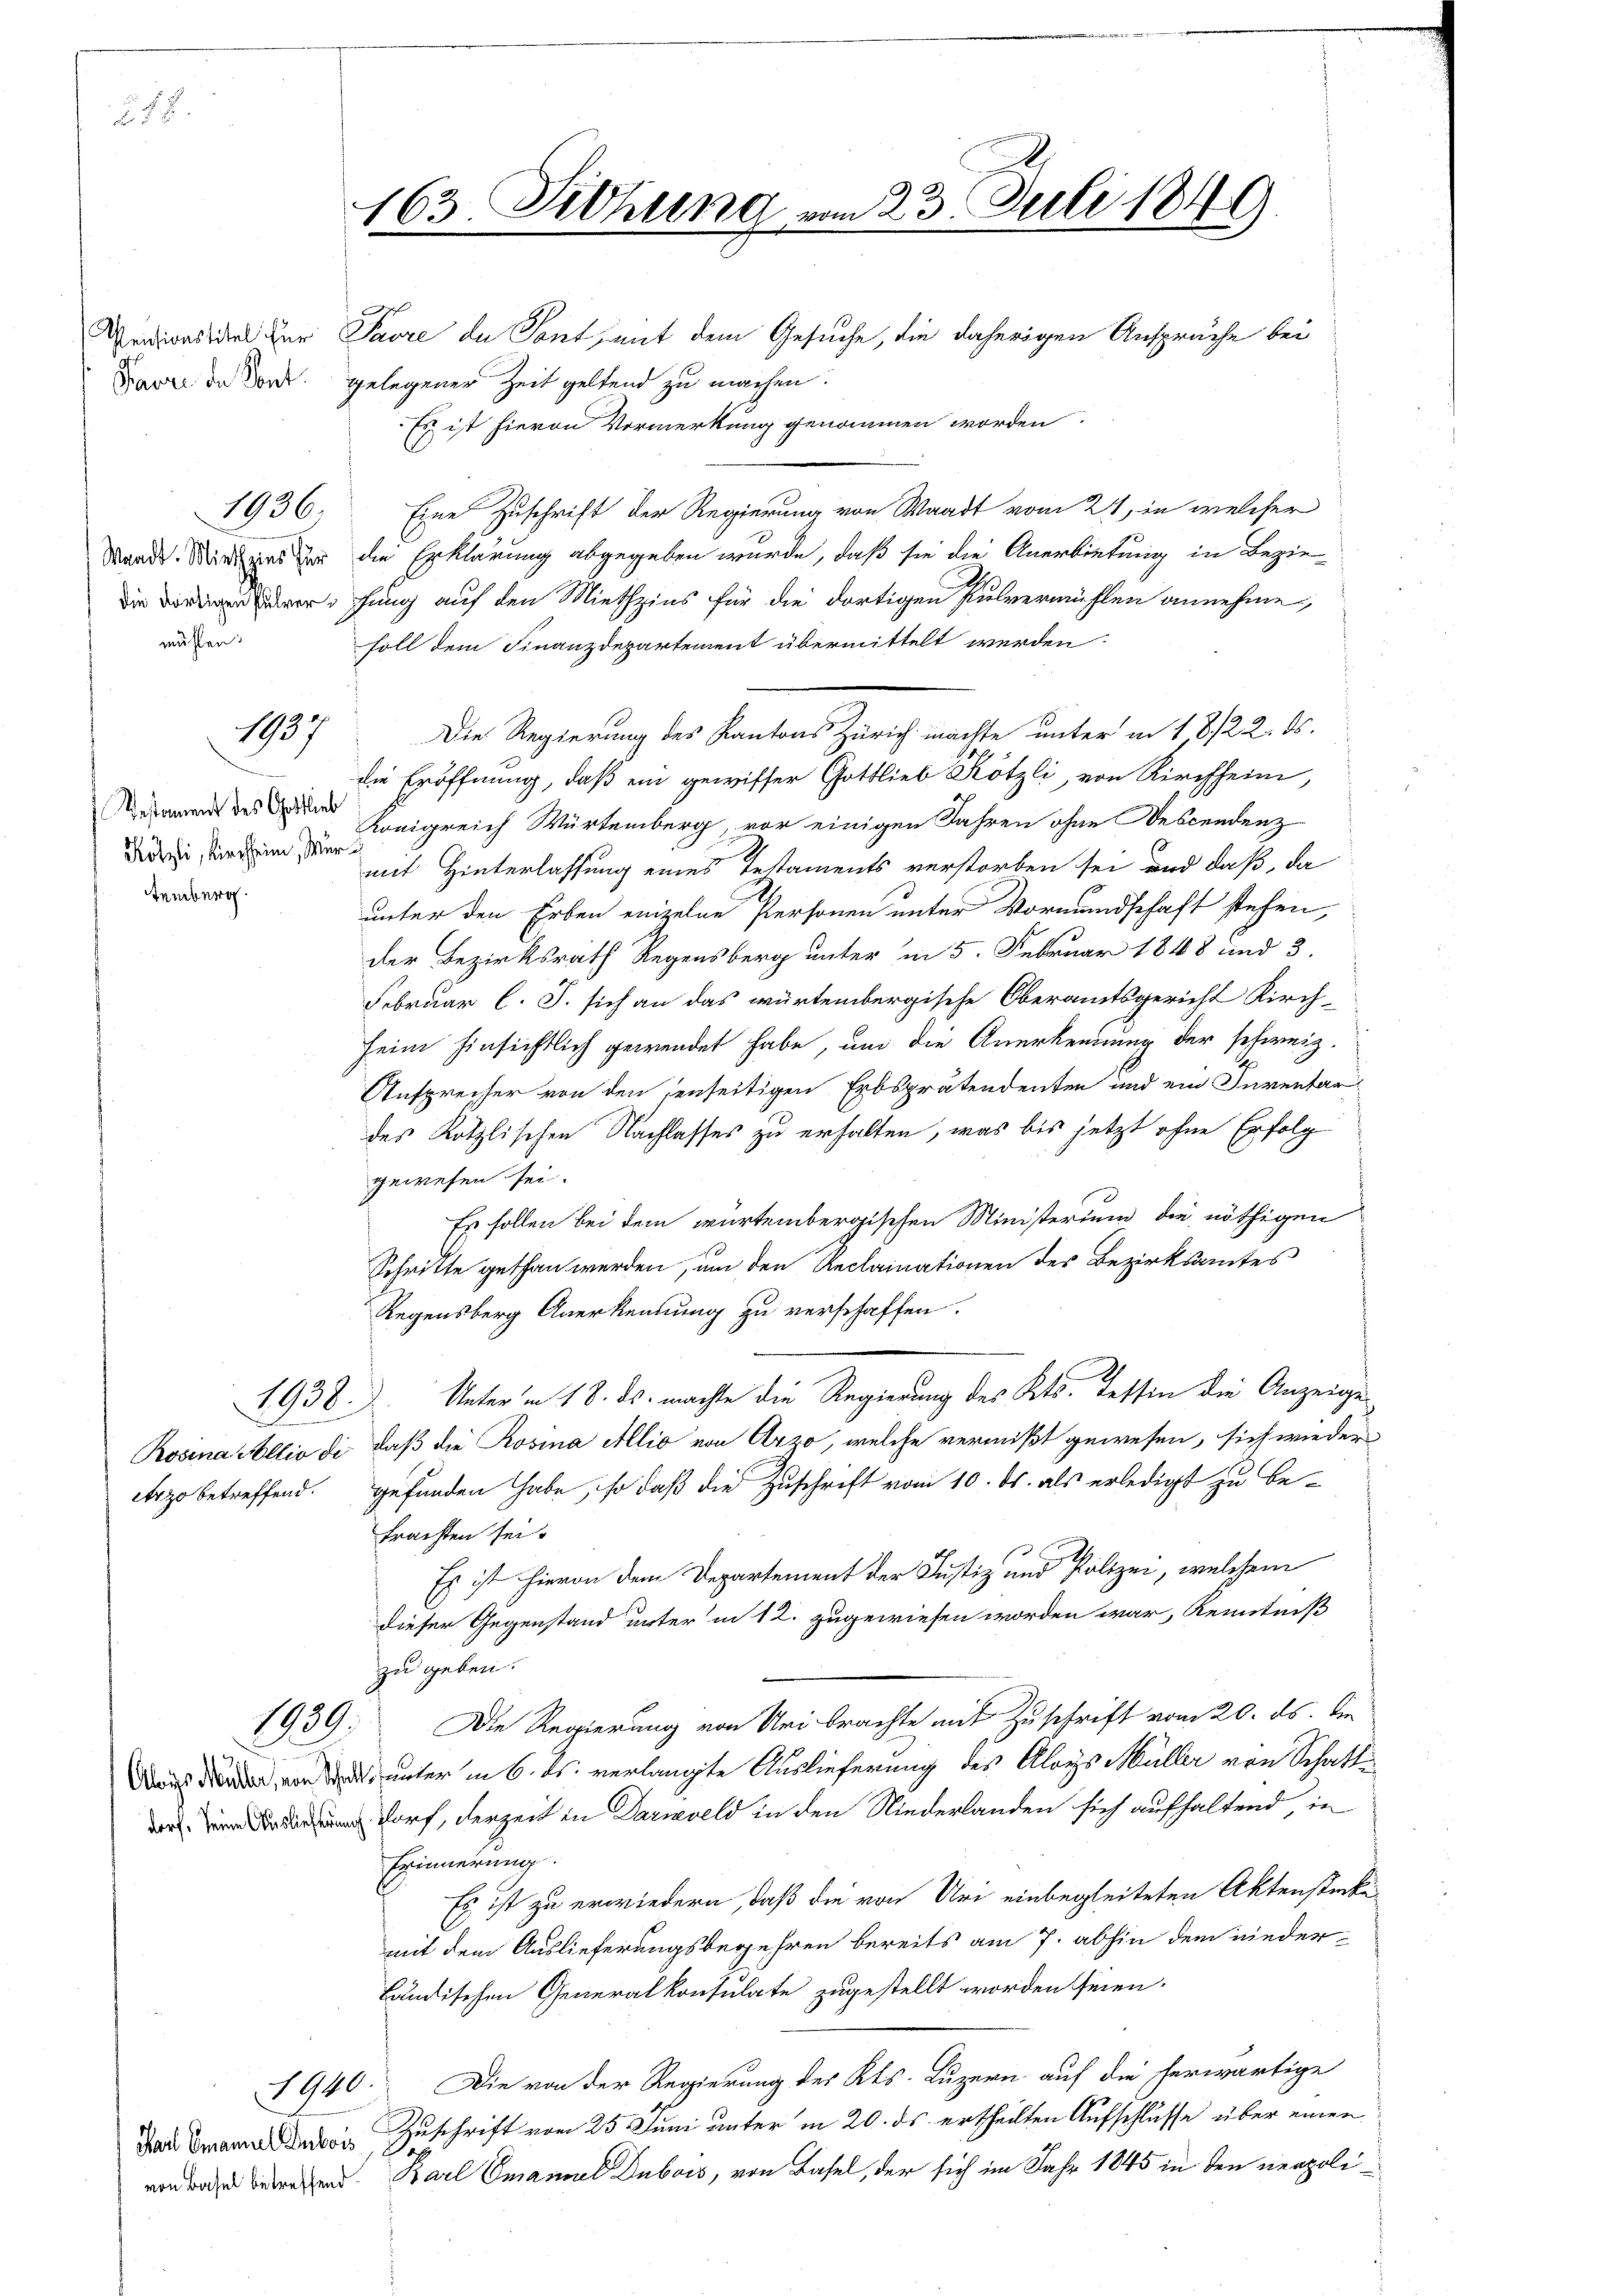
Pensionstitel für
Pavre der Kont

Waadt. Miethzins für
die dortigen Pulvermühlen.

Testament des Gottlieb
Nötzli, Kirchheim, Mi
temberg.

1938.
Arzo betreffend.

1936.

1937

163. Fiehung vom 23. Juli 1849

Pavre de Sont, mit dem Gesuche, die daherigen Anspräche bei
gelegener Zeit geltend zu machen.
Es ist hievon Vormerkung genommen worden
Eine Zuschrift der Regierung von Waadt vom 21, in welcher
die Erklärung abgegeben wurde, daß sie die Anerbietung in Bezie-
hung auf den Miethzins für die dortigen Pulvermühlen annehme
soll dem Finanzdepartement übermittelt werden
Die Regierung des Kantons Zürich machte unter in 18/22. ds.
die Eröffnung, daß ein gewisser Gottlieb Rötzli, von Kirchheim,
Königreich Würtemberg, vor einigen Jahren ohne Descendenz
r
mit Hinterlassung eines Testaments verstorben sei, und daß, da
unter den Erben einzelne Personen unter Vormundschaft stehen,
der Bezirksrath Regensberg unter in 5. Februar 1848 und 3.
Februar l. J. sich an das würtembergische Oberamtsgericht Kirch-
heim hinsichtlich gewendet habe, um die Anerkennung der schweiz.
Aufpreiser von den jenseitigen Erbsprätendenten und ein Parentar
des Kötzlischen Nachlasses zu erhalten, was bis jetzt ohne Erfolg
gewesen sei.
Es sollen bei dem würtembergischen Ministerium die nöthigen
Schritte gethan werden, um den Reclainationen der Bezirksamtes
Regensberg Anerkennung zu verschaffen.
Unterm 18. ds. machte die Regierung des Kts. Tessin die Anzeige¬
Rosina Allio di daß die Rosina Allio von Arzo, welche vermißt gewesen, sich wieder
gefunden habe, so daß die Zuschrift vom 10. ds. als erledigt zu be-
frachten sei.
Es ist hievon dem Departement der Justiz und Polizei, welchem
dieser Gegenstand unter in 12. zugewiesen worden war, Kenntniß
zu geben.
1939: Die Regierung von Uri brachte mit Zuschrift vom 20. ds. die
Daus der von der unter in 6. ds. verlangte Auslieferung des Aloys Müller von Schatte
dorf, derzeit in Darngeld in den Niederlanden sich aufhaltend, in
Erinnerung
Es ist zu erwiedern, daß die von Uri einbegleiteten Aktenstücken
mit dem Auslieferungsbegehren bereits am 7. abhin dem niederländischen Generalkonsulate zugestellt worden seien.
1940. Die von der Regierung des Kts. Luzern auf die herwärtige
Das Bauer Zuschrift vom 25. Juni unter in 20. ds. ertheilten Aufschlusse über einen
vonbahn berechen. Karl Emanuel Dubois, von Basel, der sich im Jahr 1845 in den neapoli¬